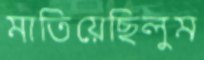
মাতিয়েছিলুম